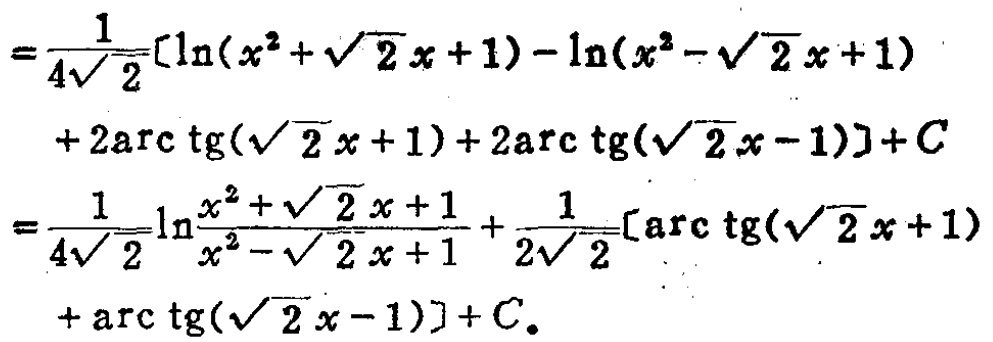
\[
\begin{align*}
=&\frac{1}{4\sqrt{2}}[\ln(x^{2}+\sqrt{2}x + 1)-\ln(x^{2}-\sqrt{2}x + 1)\\
&+ 2\arctan(\sqrt{2}x + 1)+2\arctan(\sqrt{2}x - 1)]+C\\
=&\frac{1}{4\sqrt{2}}\ln\frac{x^{2}+\sqrt{2}x + 1}{x^{2}-\sqrt{2}x + 1}+\frac{1}{2\sqrt{2}}[\arctan(\sqrt{2}x + 1)\\
&+\arctan(\sqrt{2}x - 1)]+C.
\end{align*}
\]